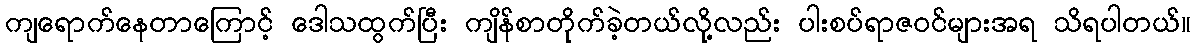
ကျရောက်နေတာကြောင့် ဒေါသထွက်ပြီး ကျိန်စာတိုက်ခဲ့တယ်လို့လည်း ပါးစပ်ရာဇဝင်များအရ သိရပါတယ်။